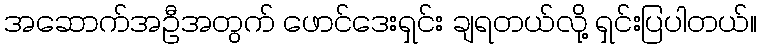
အဆောက်အဦအတွက် ဖောင်ဒေးရှင်း ချရတယ်လို့ ရှင်းပြပါတယ်။